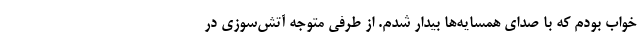
خواب بودم که با صدای همسایه‌ها بیدار شدم. از طرفی متوجه آتش‌سوزی در